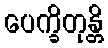
ပေက္ခိတုန္တိ